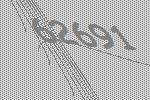
62691